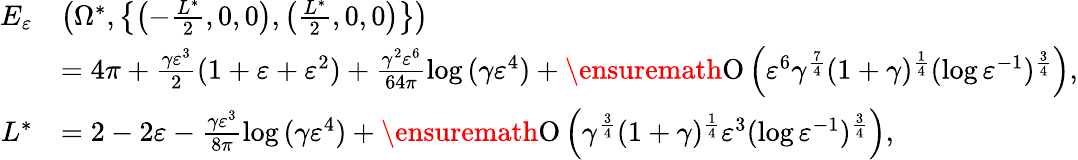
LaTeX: \begin{array}{rl}{E_{\varepsilon}}&{\left(\Omega^{\ast},\left\{ \left(-\frac{L^{\ast}}{2},0,0\right),\left(\frac{L^{\ast}}{2},0,0\right)\right\} \right)}\\ &{=4\pi+\frac{\gamma\varepsilon^{3}}{2}(1+\varepsilon+\varepsilon^{2})+\frac{\gamma^{2}\varepsilon^{6}}{64\pi}\log{(\gamma\varepsilon^{4})}+\ensuremath{\operatorname{O}\left(\varepsilon^{6}\gamma^{\frac{7}{4}}(1+\gamma)^{\frac{1}{4}}(\log{\varepsilon^{-1}})^{\frac{3}{4}}\right)},}\\ {L^{\ast}}&{=2-2\varepsilon-\frac{\gamma\varepsilon^{3}}{8\pi}\log{(\gamma\varepsilon^{4})}+\ensuremath{\operatorname{O}\left(\gamma^{\frac{3}{4}}(1+\gamma)^{\frac{1}{4}}\varepsilon^{3}(\log{\varepsilon^{-1}})^{\frac{3}{4}}\right)},}\end{array}